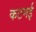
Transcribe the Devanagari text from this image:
कटमई